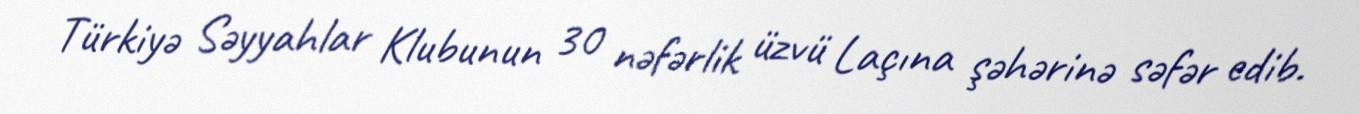
Türkiyə Səyyahlar Klubunun 30 nəfərlik üzvü Laçına şəhərinə səfər edib.